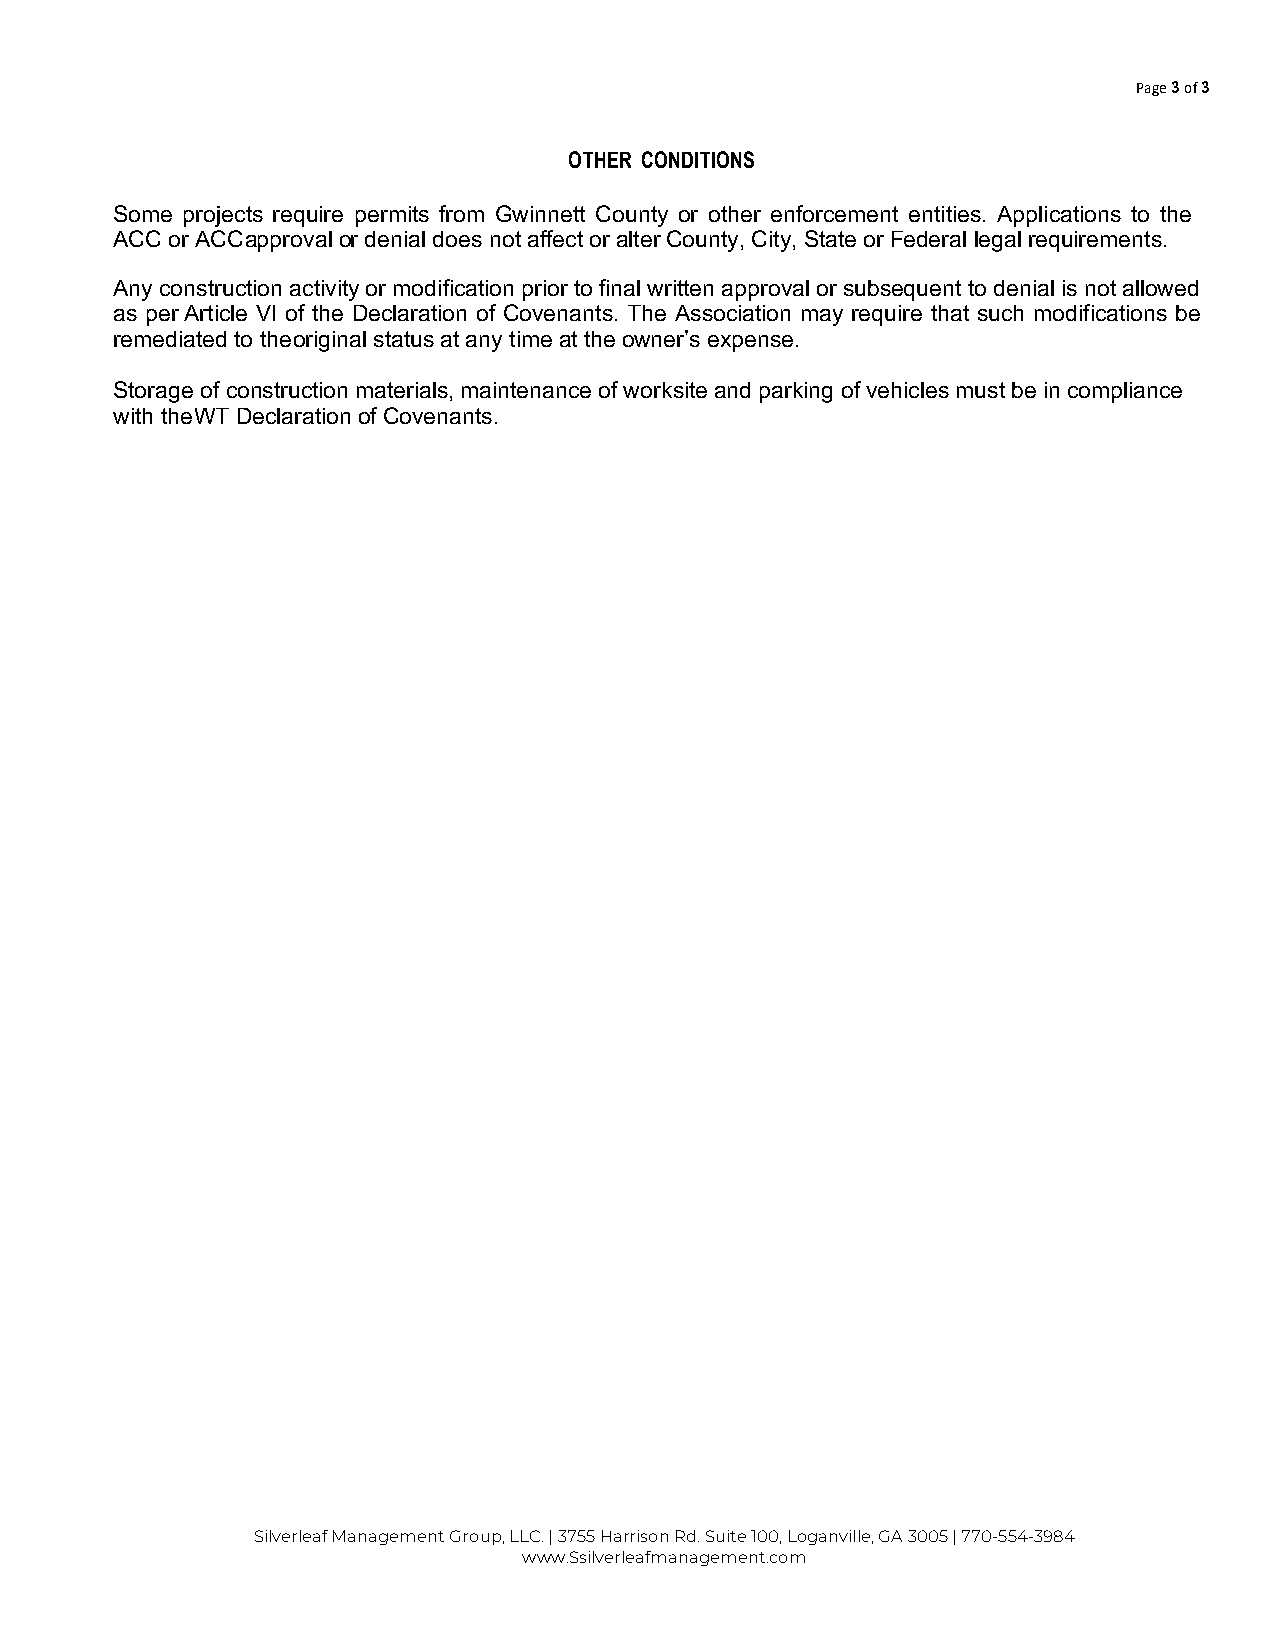
Page 3 of 3
 OTHER CONDITIONS
 Some projects require permits from Gwinnett County or other enforcement entities. Applications to the
 ACC or ACC approval or denial does not affect or alter County, City, State or Federal legal requirements.
 Any construction activity or modification prior to final written approval or subsequent to denial is not allowed
 as per Article VI of the Declaration of Covenants. The Association may require that such modifications be
 remediated to the original status at any time at the owner’s expense.
 Storage of construction materials, maintenance of worksite and parking of vehicles must be in compliance
 with the WT Declaration of Covenants.
 Silverleaf Management Group, LLC. | 3755 Harrison Rd. Suite 100, Loganville, GA 3005 | 770-554-3984
 www.Ssilverleafmanagement.com